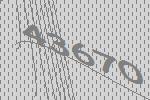
43670